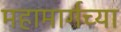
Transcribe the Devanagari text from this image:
महामार्गच्या